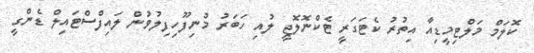
ކޮލަމް މަލްޓިމީޑިއާ އިތުރު ކެޓަގަރީ ޓެކްނޮލޮޖީ ލުއި ހަބަރު މުނިފޫހިފިލުވުން ލައިފްސްޓައިލް ޑެންގީ